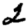
Digit: 2